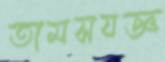
তামসযজ্ঞ